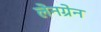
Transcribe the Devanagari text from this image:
लेनग्रेन